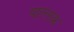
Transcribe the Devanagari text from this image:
पाल्लक